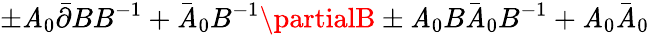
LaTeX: \pm\mathit{A}_{0}\bar{{\partial}}BB^{-1}+\bar{{\mathit{A}}}_{0}B^{-1}\partialB\pm\mathit{A}_{0}B\bar{{\mathit{A}}}_{0}B^{-1}+\mathit{A}_{0}\bar{{\mathit{A}}}_{0}